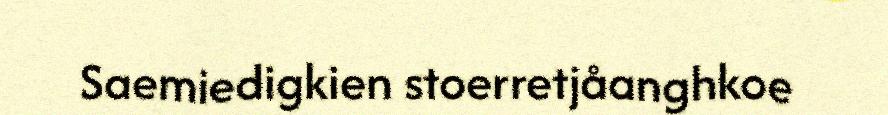
Saemiedigkien stoerretjåanghkoe